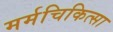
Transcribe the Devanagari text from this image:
मर्मचिकित्सा